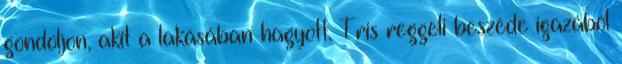
gondoljon, akit a lakásában hagyott. Tris reggeli beszéde igazából